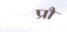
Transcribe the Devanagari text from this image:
प्रौ